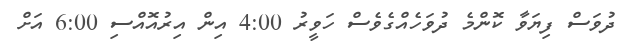
ދުވަސް ފިޔަވާ ކޮންމެ ދުވަހެއްގެވެސް ހަވީރު 4:00 އިން އިރުއޮއްސި 6:00 އަށް